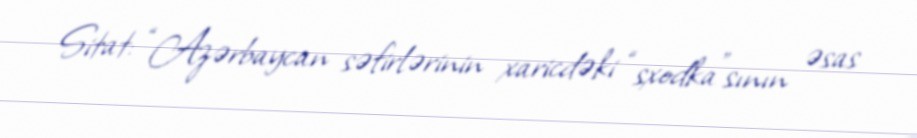
Sitat: “Azərbaycan səfirlərinin xaricdəki “sxodka”sının əsas